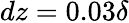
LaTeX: dz=0.03\delta